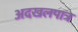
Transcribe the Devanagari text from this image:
अदखलपात्र